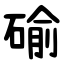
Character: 䃋